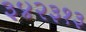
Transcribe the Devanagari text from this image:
३४२३१३